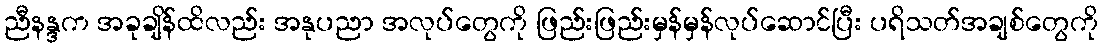
ညီနန္ဒက အခုချိန်ထိလည်း အနုပညာ အလုပ်တွေကို ဖြည်းဖြည်းမှန်မှန်လုပ်ဆောင်ပြီး ပရိသတ်အချစ်တွေကို